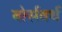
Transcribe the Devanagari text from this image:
बोर्सवर्थ